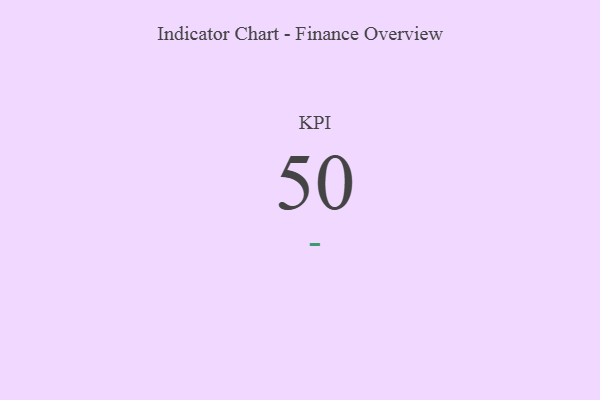
{"axis": {"x": "KPI", "y": "Value"}, "legend": [""], "data": [{"x": "KPI", "y": 50, "type": ""}]}